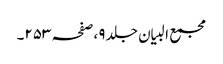
مجمع البیان جلد ٩ ،صفحہ ٢٥٣۔